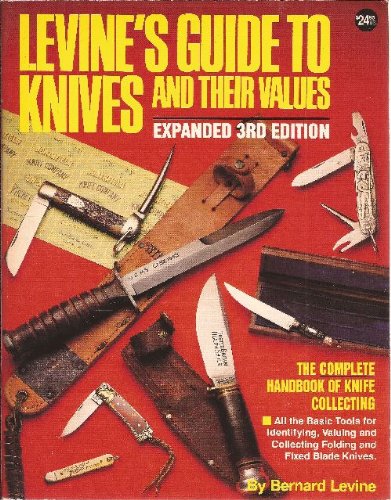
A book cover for Levine's Guide to Knives and Their Values, 3rd Edition; Bernard Levine; Crafts, Hobbies & Home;